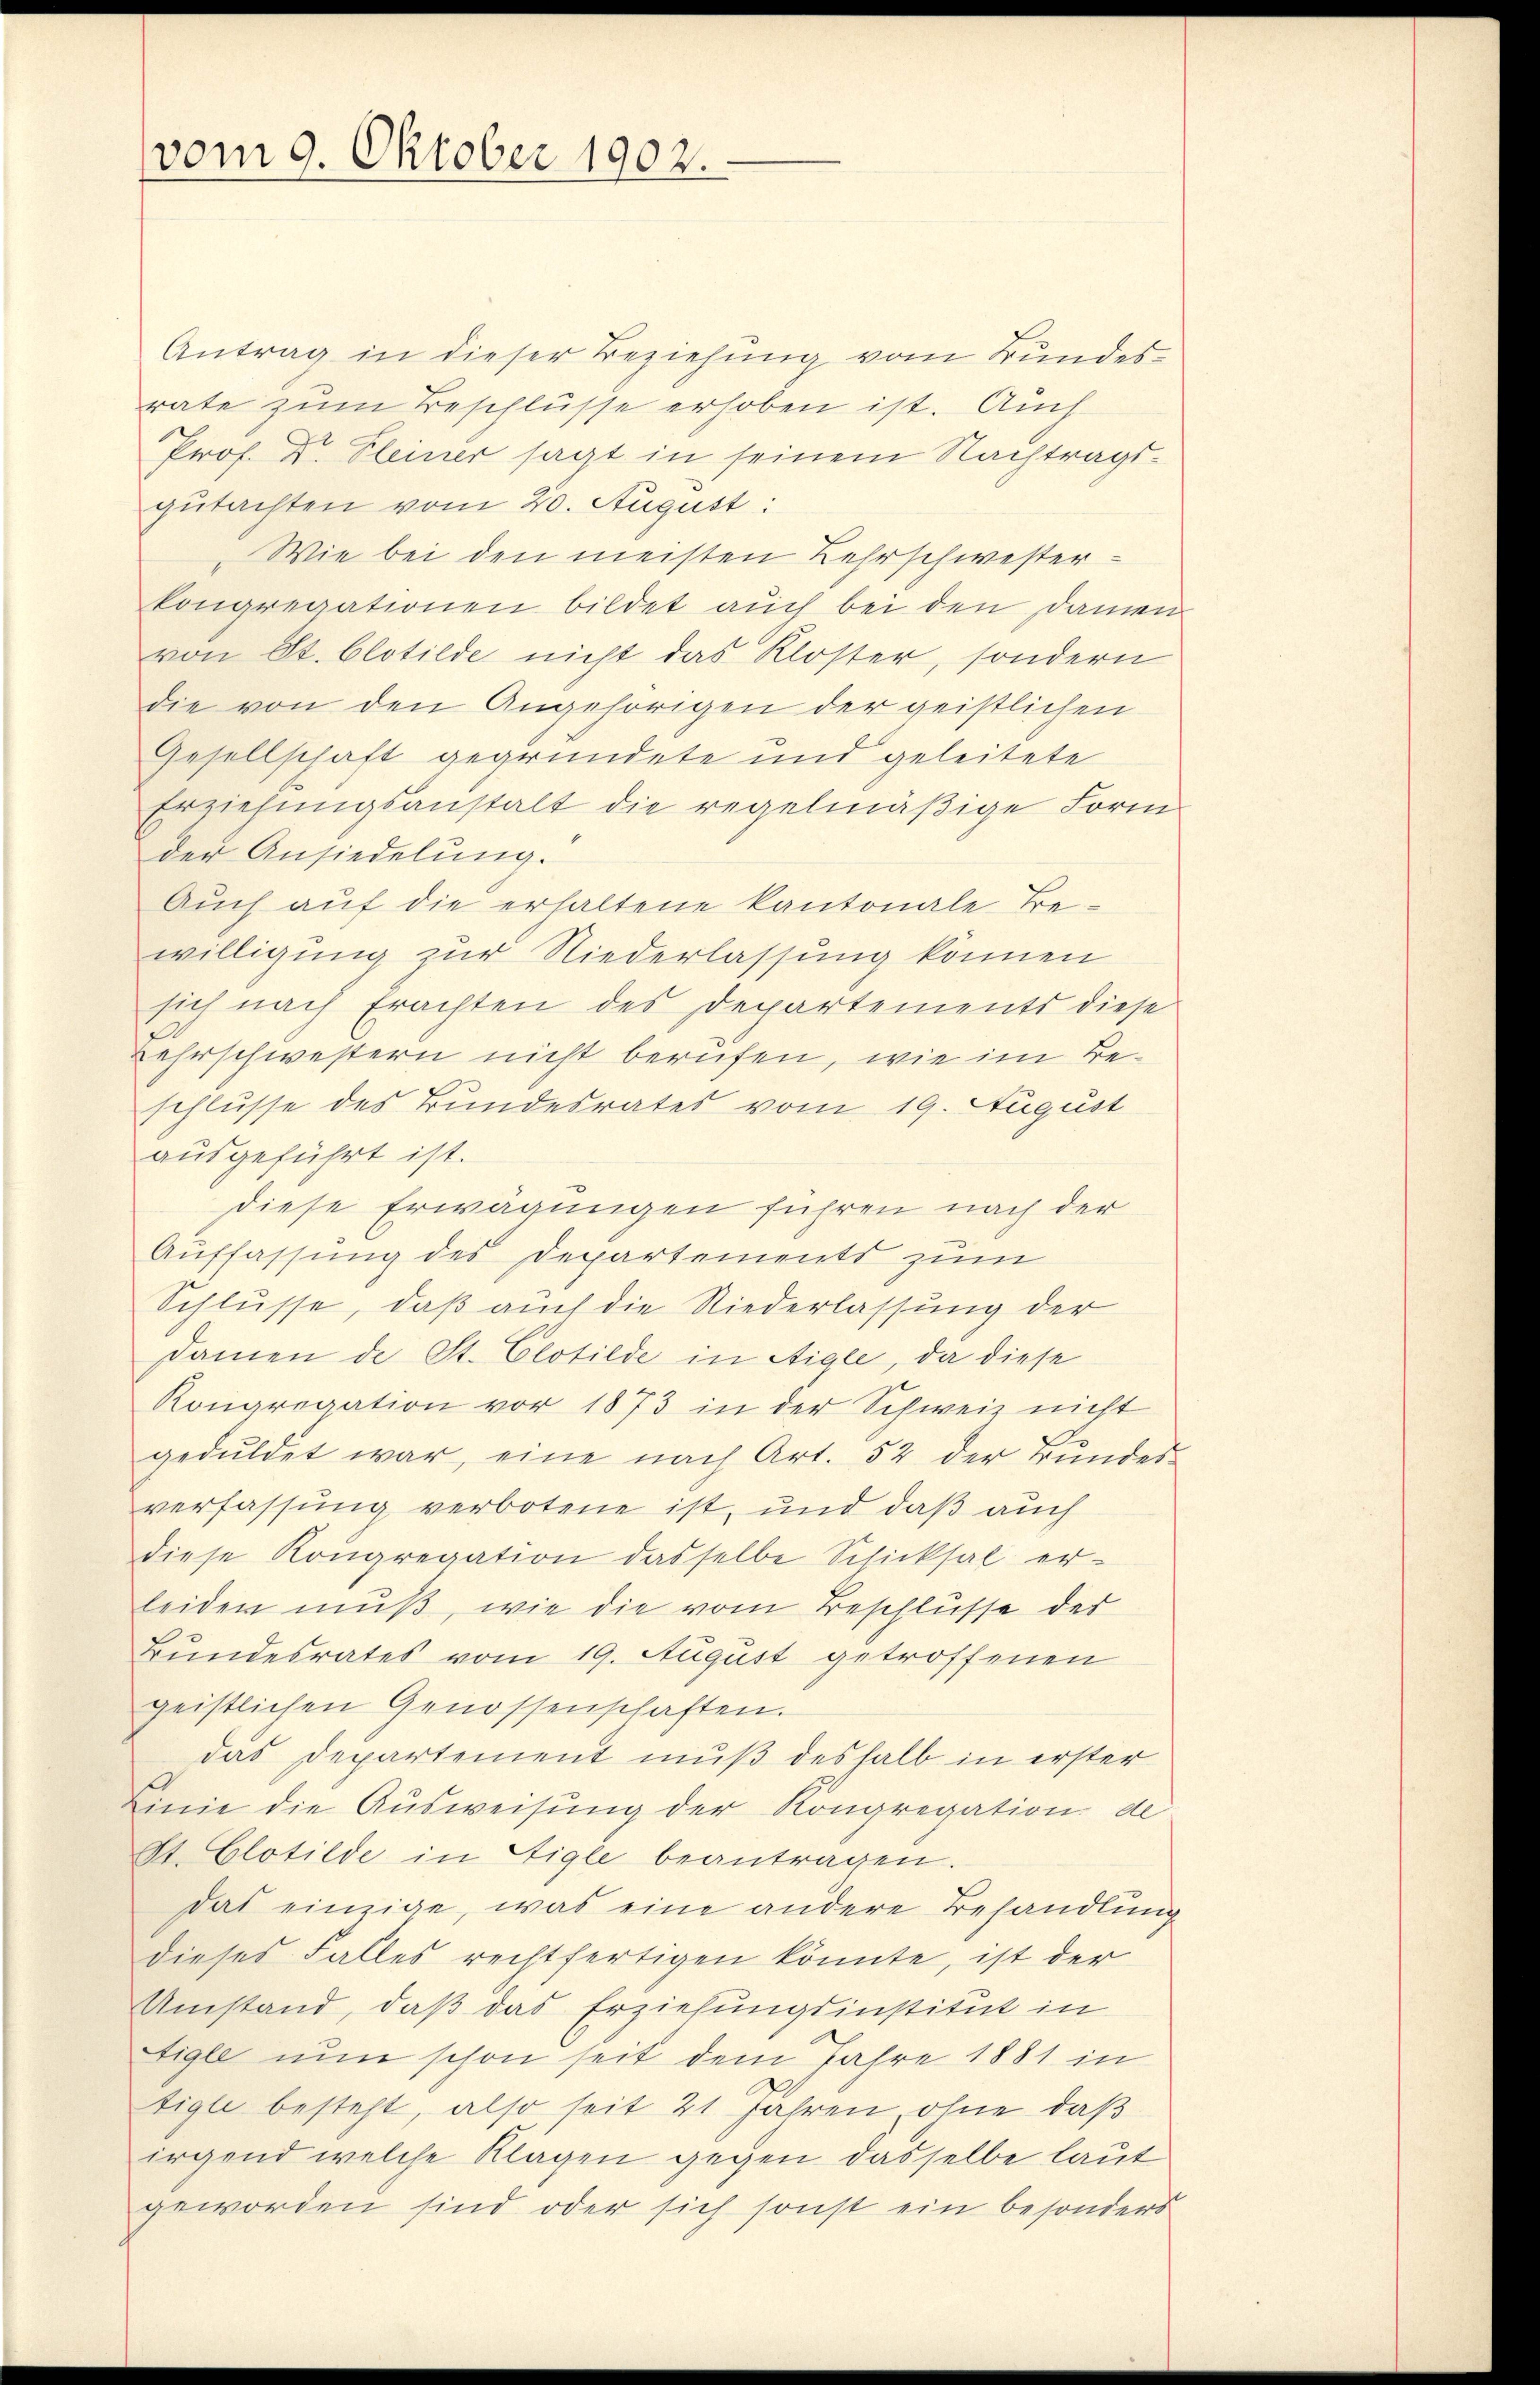
vom 9. Oktober 1902.

Antrag in dieser Beziehung vom Bundesrate zum Beschlüsse erhoben ist. Auch
Prof. Dr. Fleiner sagt in seinem Nachtrags-
gutachten vom 20. August:
Wie bei den meisten Lehrschwesterkongregationen bildet auch bei den Damen
von St. blotilde nicht das Kloster, sondern
die von den Angehörigen der geistlichen
Gesellschaft gegründete und geleitete
Erziehungsanstalt die regelmäßige Form
der Ansiedelung.
Auch auf die erhaltene Kantonale Bewilligung zur Niederlassung können
sich nach Erachten des Departements diese
Lehrschwestern nicht berufen, wie im Beschlusse des Bundesrates vom 19. August
ausgeführt ist.
diese Erwägungen führen nach der
Auffassung des Departements zum
Schlusse, daß auch die Niederlassung der
Damen de St. Clotilde in Aigle, da diese
Kongregation vor 1873 in der Schweiz nicht
geduldet war, eine nach Art. 52 der rundes-
verfassung verbotene ist, und daß auch
diese Kongregation dasselbe Schicksal er-
leiden muß, wie die vom Beschlüsse der
Bundesrates vom 19. August getroffenen
geistlichen Genossenschaften.
das Departement muß deshalb in erster
Linie die Ausweisung der Kongregation de
St. Clotilde in Aigle beantragen.
das einzige, was eine andere Behandlundieses Falles rechtfertigen könnte, ist der
Umstand, daß das Erziehungsinstitut in
Aigle nun schon seit dem Jahre 1881 in
tigle besteht, also seit 21 Jahren ohne, daß
irgend welche Klagen gegen dasselbe laut
geworden sind oder sich sonst ein besonders